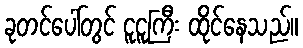
ခုတင်ပေါ်တွင် ငူငူကြီး ထိုင်နေသည်။